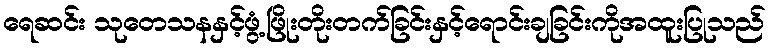
ရေဆင်း သုတေသနနှင့်ဖွံ့ဖြိုးတိုးတက်ခြင်းနှင့်ရောင်းချခြင်းကိုအထူးပြုသည်